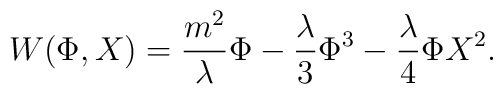
W(\Phi,X)=\frac{m^{2}}{\lambda}\Phi-\frac{\lambda}{3}\Phi^{3}   -\frac{\lambda}{4}\Phi X^{2}.